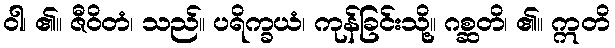
ဝါ၊ ၏။ ဇီဝိတံ၊ သည်။ ပရိက္ခယံ၊ ကုန်ခြင်းသို့။ ဂစ္ဆတိ၊ ၏။ ဣတိ